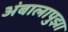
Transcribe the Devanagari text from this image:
अंबालापुझा